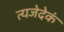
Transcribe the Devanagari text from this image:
त्यजेदेकं